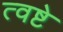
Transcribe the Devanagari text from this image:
त्वष्टे